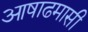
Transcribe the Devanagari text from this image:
आषाढमासी